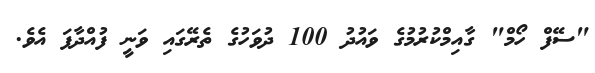
"ސޭފް ހޯމް" ގާއިމްކުރުމުގެ ވައުދު 100 ދުވަހުގެ ތެރޭގައި ވަނީ ފުއްދާފަ އެވެ.